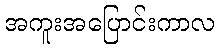
အကူးအပြောင်းကာလ